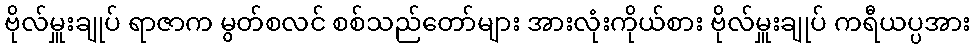
ဗိုလ်မှူးချုပ် ရာဇာက မွတ်စလင် စစ်သည်တော်များ အားလုံးကိုယ်စား ဗိုလ်မှူးချုပ် ကရီယပ္ပအား